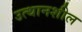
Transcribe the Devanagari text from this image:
उत्थानशील